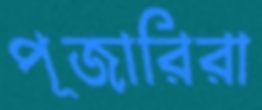
পূজারিরা